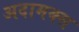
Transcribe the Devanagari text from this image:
अदामक्स